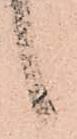
言